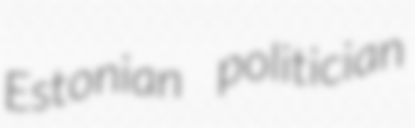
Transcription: Estonian politician